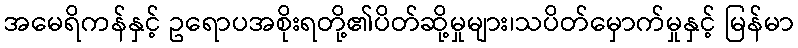
အမေရိကန်နှင့် ဥရောပအစိုးရတို့၏ပိတ်ဆို့မှုများ၊သပိတ်မှောက်မှုနှင့် မြန်မာ